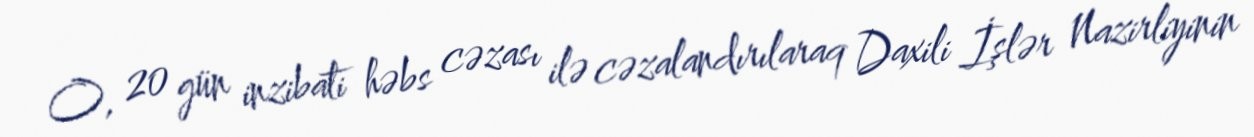
O, 20 gün inzibati həbs cəzası ilə cəzalandırılaraq Daxili İşlər Nazirliyinin